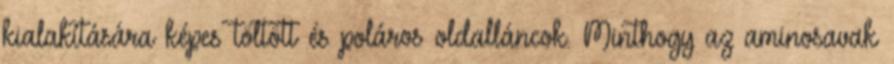
kialakítására képes töltött és poláros oldalláncok. Minthogy az aminosavak